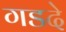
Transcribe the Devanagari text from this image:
गडदे